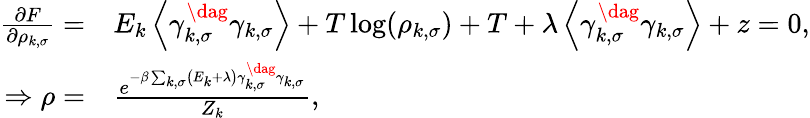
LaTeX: \begin{array}{rl}{\frac{\partial F}{\partial\rho_{k,\sigma}}=}&{{}E_{k}\left\langle\gamma_{k,\sigma}^{\dag}\gamma_{k,\sigma}\right\rangle+T\log(\rho_{k,\sigma})+T+\lambda\left\langle\gamma_{k,\sigma}^{\dag}\gamma_{k,\sigma}\right\rangle+z=0,}\\ {\Rightarrow\rho=}&{{}\frac{e^{-\beta\sum_{k,\sigma}\left(E_{k}+\lambda\right)\gamma_{k,\sigma}^{\dag}\gamma_{k,\sigma}}}{Z_{k}},}\end{array}